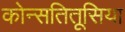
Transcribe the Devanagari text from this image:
कोन्सतितूसिया